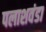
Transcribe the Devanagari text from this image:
पलाशवंडा